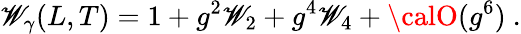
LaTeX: {\cal\mathscr{W}}_{\gamma}(L,T)=1+g^{2}{\cal\mathscr{W}}_{2}+g^{4}{\cal\mathscr{W}}_{4}+{\calO}(g^{6})\ .